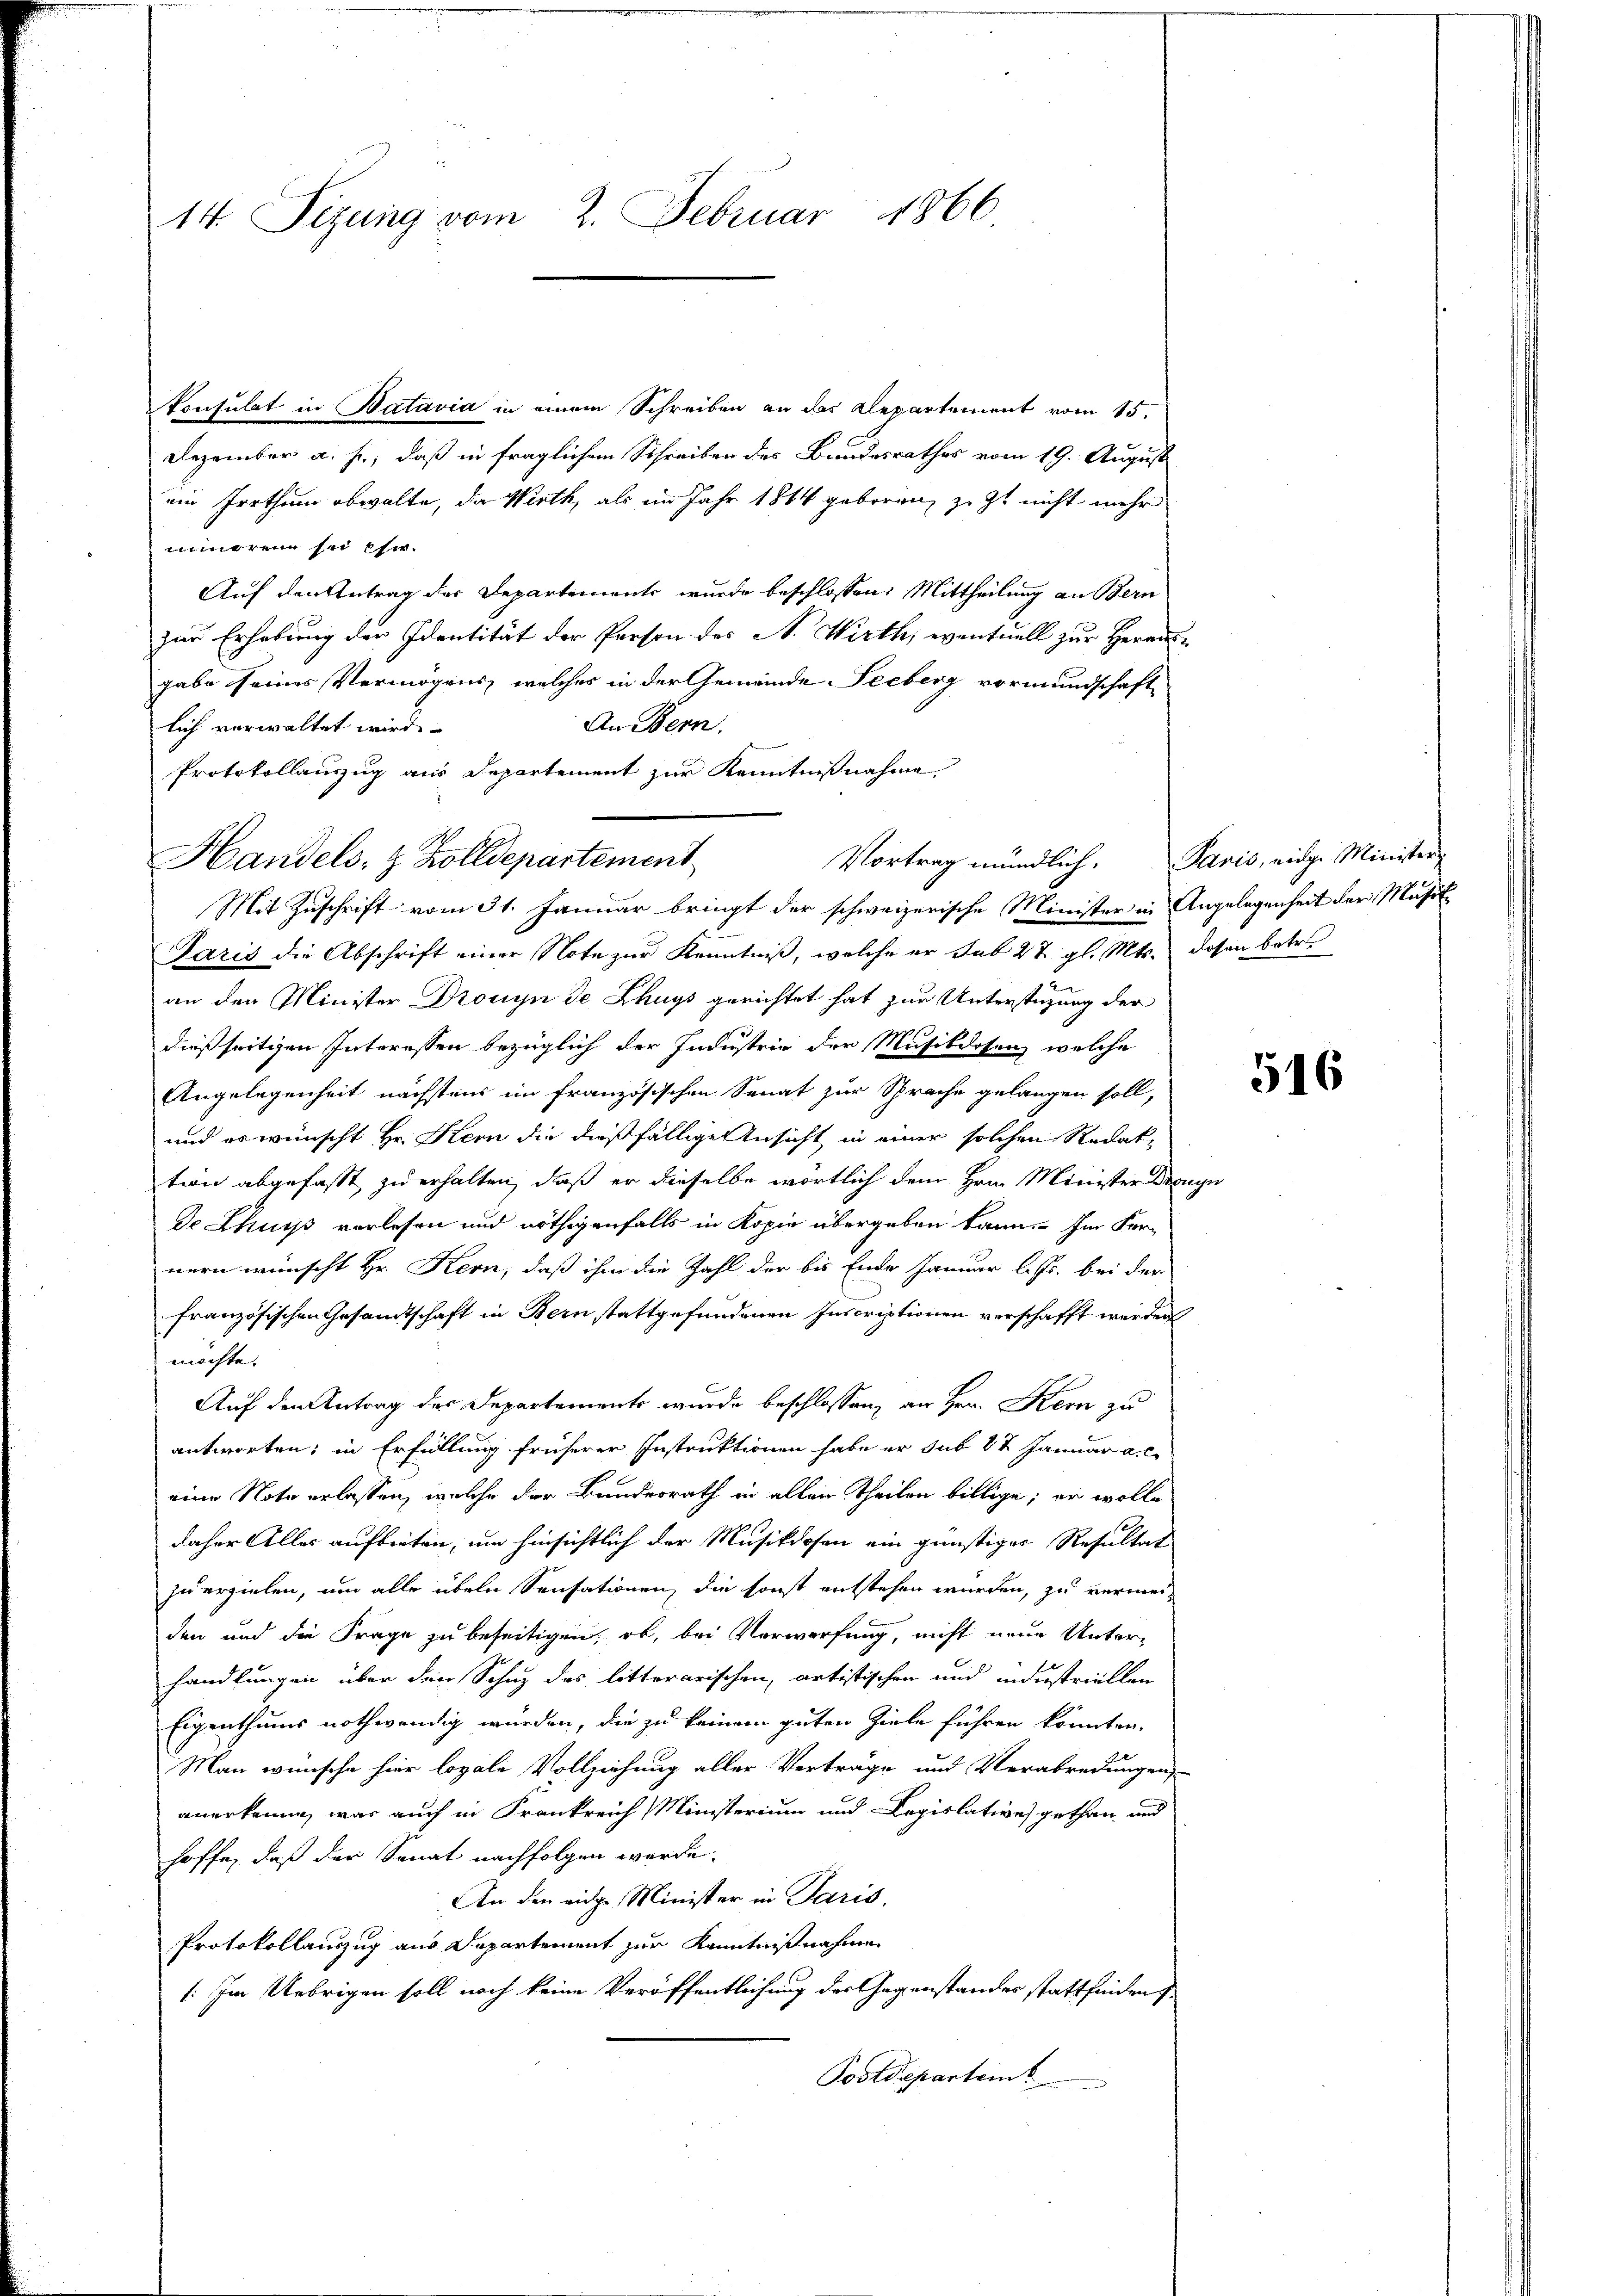
14. Sizung vom 2. Februar 1866.

iimeren sei eher¬
Auf den Antrag der Departemente wurde beschlossen: Mittheilung an Bern
zur Erhebung der Identität der Person des A. Wirth, eventuell zur Herrn
gabe seines Vermögens, welches in der Gemeinde Seeberg vormundschafte
An Bern.
lich verwaltet wird.
Protokollauszug aus Departement zur Kenntnißnahme
Mit Zuschrift vom 31. Januar bringt der schweizerische Minister in Angelegenheit der Musik
Paris die Abschrift einer Note zur Kenntniß, welche er sub 27. gl. Mts. dasen betr.
an den Minister Drouyn de Krugs gerichtet hat zur Unterstüzung der
dießseitigen Interessen bezüglich der Industrie der Musikdosen, welche
Angelegenheit nächstens im französischen Senat zur Sprache gelangen soll,
und es wünscht Hr. Hern die dießfällige Ansicht in einer solchen Redak
tion abgefasst zu erhalten, daß er dieselbe wörtlich dem Hrn. Minister Denge
De Zhuss vorlesen und nöthigenfalls in Kopie übergeben kann. Im Fer-
nern wünscht Hr. Kern, daß ihm die Zahl der bis Ende Januar l. Js. bei der
französischen Gesandtschaft in Bern stattgefundenen Inscriptionen verschafft werden
möchte.
Auf den Antrag des Departements wurde beschlossen, an Hrn. Kern zu
antworten; in Erfüllung früherer Instruktionen habe er sub 8t Januar a. c.
eine Note erlassen, welche der Bundesrath in allen Theilen billige; er wolle
daher Alles aufbieten, um hinsichtlich der Musikdoson ein günstiger Resultat
zu erzielen, um alle übeln Sensationen, die sonst entstehen wurden, zu vermeiden und die Frage zu beseitigen, ob, bei Vorwerfung, nicht neue Unterhandlungen über den Schuz des litterarischen, artistischen und industriellen
Eigenthums nothwendig wurden, die zu keinem guten Ziele führen könnten.
Man wünsche hier loyale Vollziehung aller Verträge und Verabredungen
anerkenne, was auch in Frankreich Ministerium und Legislative gethan, und
hoffe, daß der Sonat nachfolgen werde.
An den eidge Minister in Paris.
Protokollauszug aus Departement zur Kenntnißnahme
/: Im Uebrigen soll noch keine Veröffentlichung der Gegenstandes stattfinden s
Postdepartem

Konsulat in Batavia in einem Schreiben an das Departement vom 15.
Dezember a. f., daß in fraglichem Schreiben des Bundesrathes vom 19. August
ein Irrthum obwalte, da Wirth, als im Jahr 1864 geboren, zu zu nicht mehr

Handels- & Zolldepartement

Vortrag mündlich. Paris, eidge Minister

516